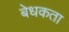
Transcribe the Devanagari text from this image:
बेधकता